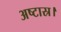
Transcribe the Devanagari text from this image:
अष्टास्र।